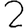
Digit: 2